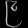
Digit: ၉